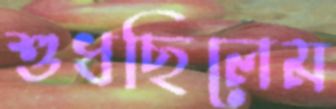
শুধছিলেম